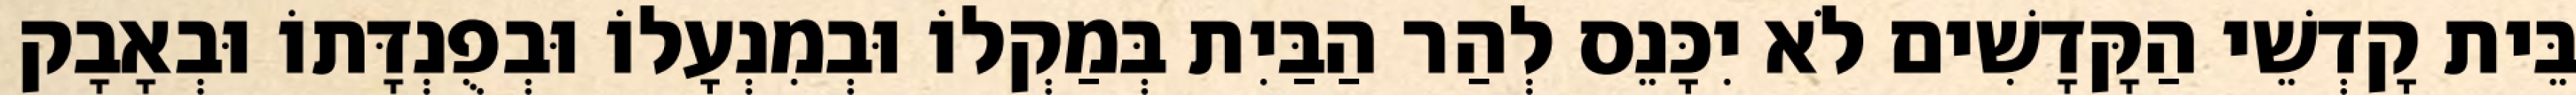
בֵּית קָדְשֵׁי הַקָּדָשִׁים לֹא יִכָּנֵס לְהַר הַבַּיִת בְּמַקְלוֹ וּבְמִנְעָלוֹ וּבְפֻנְדָּתוֹ וּבְאָבָק